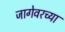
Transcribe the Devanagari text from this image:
जागेवरच्या